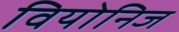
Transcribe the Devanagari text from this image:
वियोनिज